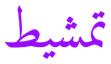
تمشيط